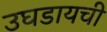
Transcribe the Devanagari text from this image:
उघडायची